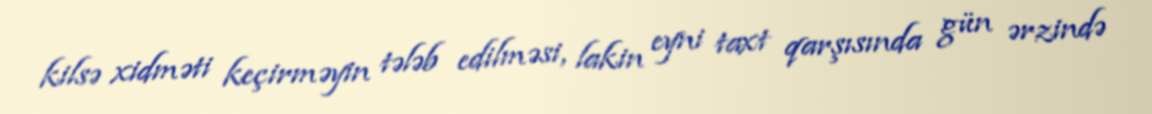
kilsə xidməti keçirməyin tələb edilməsi, lakin eyni taxt qarşısında gün ərzində